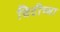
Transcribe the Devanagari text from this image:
विटीच्या